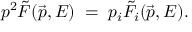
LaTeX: p ^ { 2 } \tilde { F } ( \vec { p } , E ) \; = \; p _ { i } \tilde { F } _ { i } ( \vec { p } , E ) .